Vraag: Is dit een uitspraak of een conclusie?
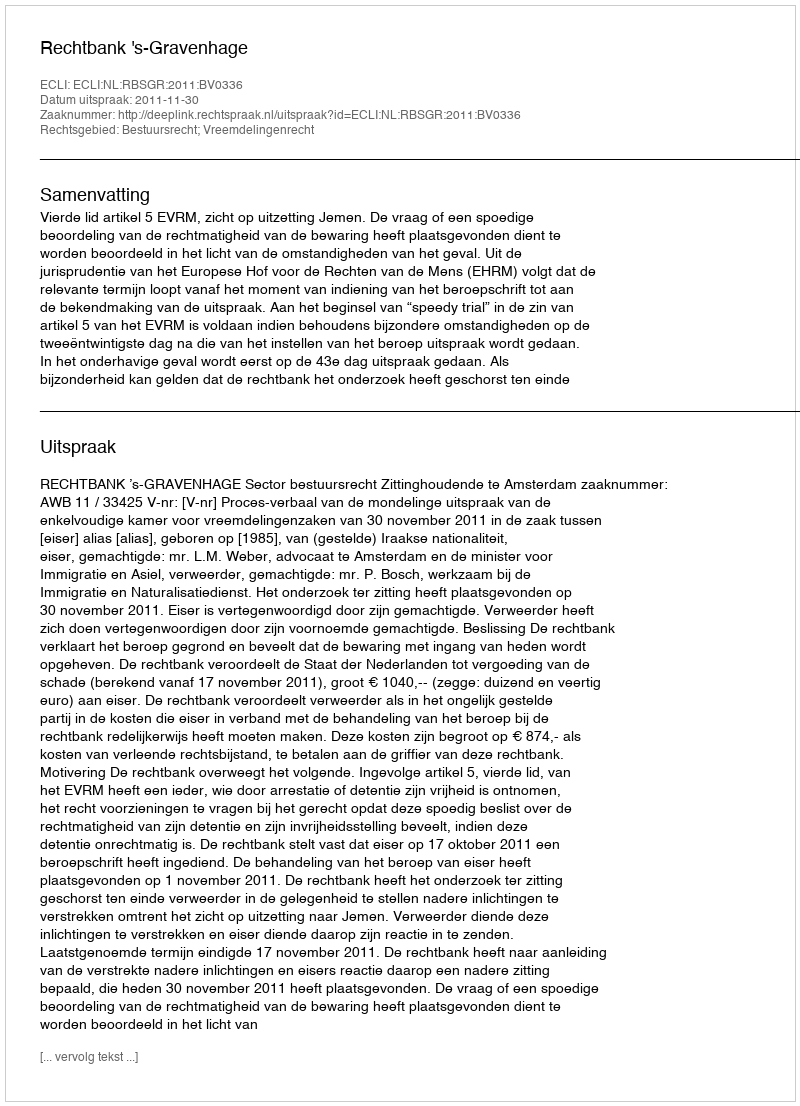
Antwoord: Uitspraak